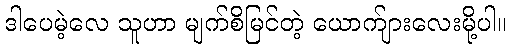
ဒါပေမဲ့လေ သူဟာ မျက်စိမြင်တဲ့ ယောက်ျားလေးမို့ပါ။